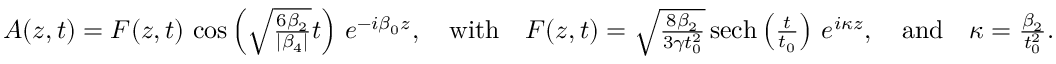
\begin{array} { r } { A ( z , t ) = F ( z , t ) \, \cos \left( \sqrt { \frac { 6 \beta _ { 2 } } { | \beta _ { 4 } | } } t \right) \, e ^ { - i \beta _ { 0 } z } , \quad \mathrm { w i t h } \quad F ( z , t ) = \sqrt { \frac { 8 \beta _ { 2 } } { 3 \gamma t _ { 0 } ^ { 2 } } } \, \mathrm { { s e c h } } \left( \frac { t } { t _ { 0 } } \right) \, e ^ { i \kappa z } , \quad \mathrm { a n d } \quad \kappa = \frac { \beta _ { 2 } } { t _ { 0 } ^ { 2 } } . } \end{array}